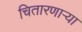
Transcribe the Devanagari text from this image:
चितारणाऱ्या